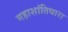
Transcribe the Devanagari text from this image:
महाशांतिधारा